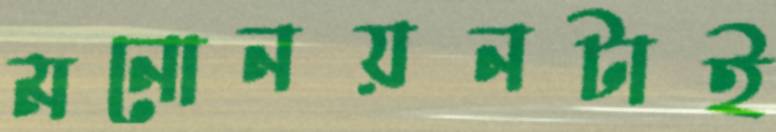
মনোনয়নটাই